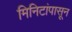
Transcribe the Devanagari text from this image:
मिनिटांपासून